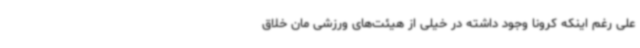
علی رغم اینکه کرونا وجود داشته در خیلی از هیئت‌های ورزشی مان خلاق